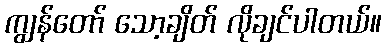
ကျွန်တော် သော့ချိတ် လိုချင်ပါတယ်။